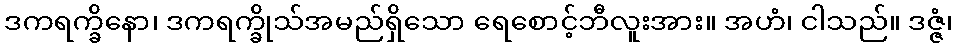
ဒကရက္ခိနော၊ ဒကရက္ခိုသ်အမည်ရှိသော ရေစောင့်ဘီလူးအား။ အဟံ၊ ငါသည်။ ဒဇ္ဇံ၊